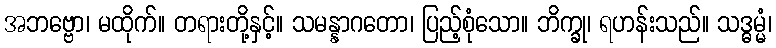
အဘဗ္ဗော၊ မထိုက်။ တရားတို့နှင့်။ သမန္နာဂတော၊ ပြည့်စုံသော။ ဘိက္ခု၊ ရဟန်းသည်။ သဒ္ဓမ္မံ၊